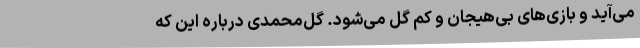
می‌آید و بازی‌های بی‌هیجان و کم گل می‌شود. گل‌محمدی درباره این که